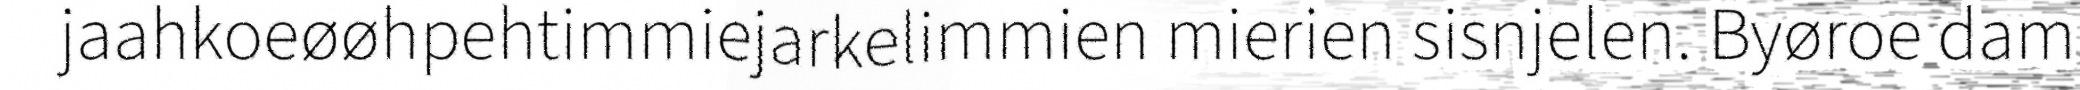
jaahkoeøøhpehtimmiejarkelimmien mierien sisnjelen. Byøroe dam